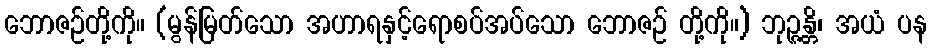
ဘောဇဉ်တို့ကို။ (မွန်မြတ်သော အဟာရနှင့်ရောစပ်အပ်သော ဘောဇဉ် တို့ကို။) ဘုဉ္ဇန္တိ၊ အယံ ပန